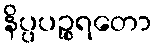
နိပ္ပပဉ္စရတော